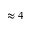
\approx 4